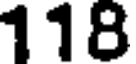
118